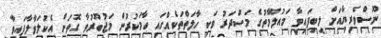
ނޫސްވެރިޔާއަށް ލިބިފައިވާ މައުލޫމާތުގެ މަސްދަރު ވަކި ހާލަތްތަކެއްގައި ހާމަކުރުން މަޖުބޫރުވާ ގޮތަށް އެކުލަވާލާފައިވާ